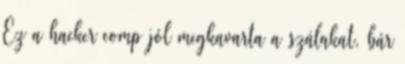
Ez a hacker comp jól megkavarta a szálakat, bár